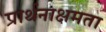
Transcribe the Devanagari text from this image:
प्रार्थनाक्षमता